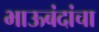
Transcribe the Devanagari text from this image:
भाऊबंदांचा